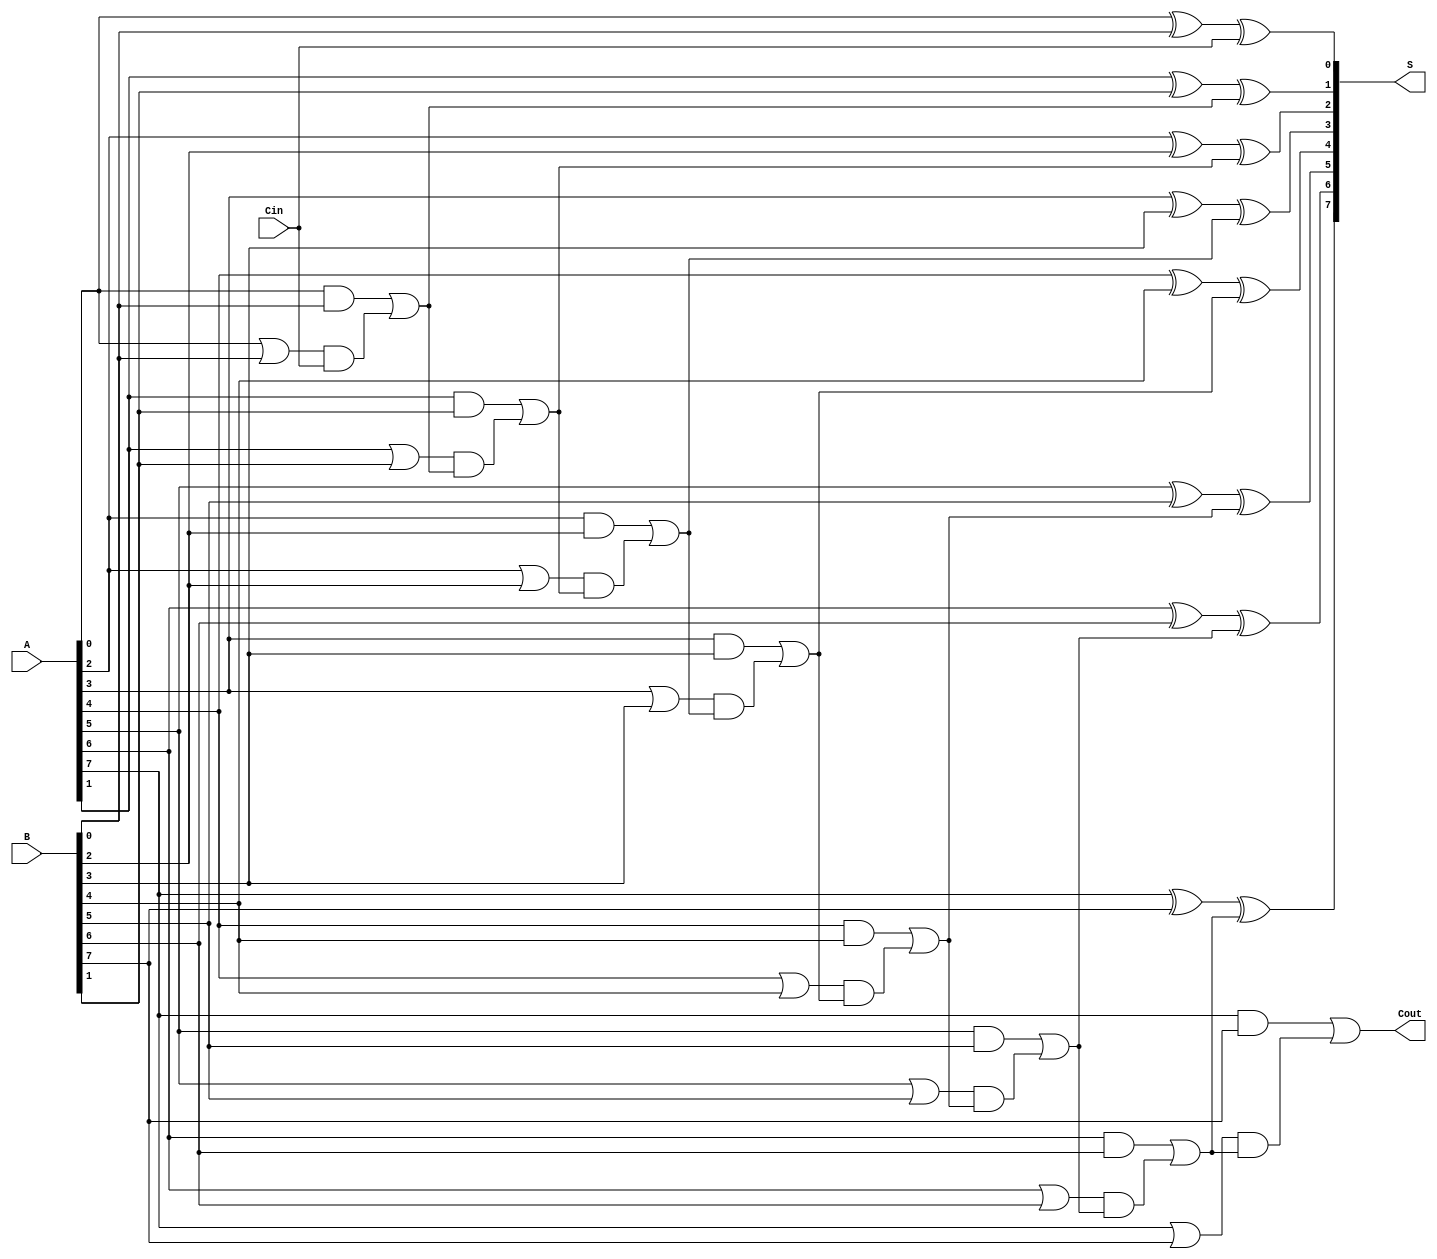
module manchester_carry_chain_adder #(parameter n = 8) (
    input [n-1:0] A,      // First n-bit input
    input [n-1:0] B,      // Second n-bit input
    input Cin,            // Carry-in input
    output [n-1:0] S,     // n-bit sum output
    output Cout           // Carry-out output
);
    
    wire [n:0] G;         // Generate signals
    wire [n:0] P;         // Propagate signals
    wire [n:0] C;         // Carry signals

    assign C[0] = Cin;    // The carry-in is the first carry signal

    // Generate and propagate logic for each bit
    genvar i;
    generate
        for (i = 0; i < n; i = i + 1) begin : carry_logic
            assign G[i] = A[i] & B[i];                   // Generate
            assign P[i] = A[i] | B[i];                   // Propagate
            assign C[i+1] = G[i] | (P[i] & C[i]);        // Carry-out
            assign S[i] = A[i] ^ B[i] ^ C[i];            // Sum
        end
    endgenerate

    assign Cout = C[n];  // The final carry-out

endmodule